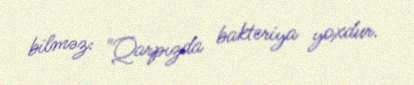
bilməz: "Qarpızda bakteriya yoxdur.